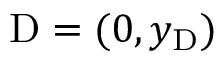
\mathrm { D } = ( 0 , y _ { \mathrm { D } } )